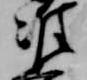
准